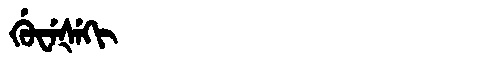
Manchu: ᡤᡠᠸᡝᡧᡝᡴᡳ
Romanization: GUWEŠEKI